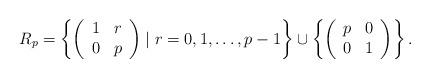
LaTeX: \begin{align*} R_p =\left\lbrace\left(\begin{array}{ccc} 1 &r\\ 0 & p \end{array}\right)\mid r=0,1,\ldots, p-1\right\rbrace \cup \left\lbrace\left(\begin{array}{ccc} p &0\\ 0 & 1 \end{array}\right)\right\rbrace.\end{align*}